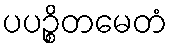
ပပဉ္စိတမေတံ